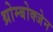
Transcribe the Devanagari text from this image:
थ्रोम्बोक्जेन